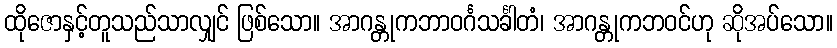
ထိုဇောနှင့်တူသည်သာလျှင် ဖြစ်သော။ အာဂန္တုကဘာဝင်္ဂသင်္ခါတံ၊ အာဂန္တုကဘဝင်ဟု ဆိုအပ်သော။